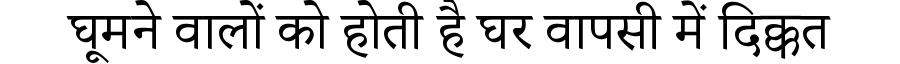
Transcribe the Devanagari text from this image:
घूमने वालों को होती है घर वापसी में दिक्कत